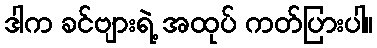
ဒါက ခင်ဗျားရဲ့ အထုပ် ကတ်ပြားပါ။